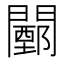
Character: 𨶵